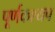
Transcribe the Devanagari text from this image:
पूर्णकश्यप